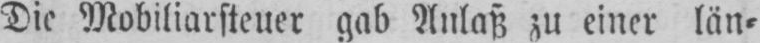
Die Mobiliarsteuer gab Anlaß zu einer län⸗